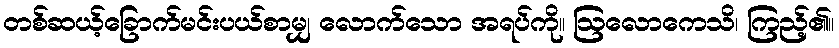
တစ်ဆယ့်ခြောက်မင်းပယ်စာမျှ လောက်သော အရပ်ကို။ ဩလောကေသိ၊ ကြည့်၏။